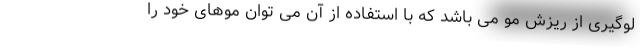
لوگیری از ریزش مو می باشد که با استفاده از آن می توان موهای خود را